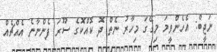
ނަޖީބް: އެހެންވީމަ މިގޭގަ މިހާރު ނެތް ދޮ ކޮއްކޮގެ ސޫރަ ފެންނާނެ އެއްޗެއް